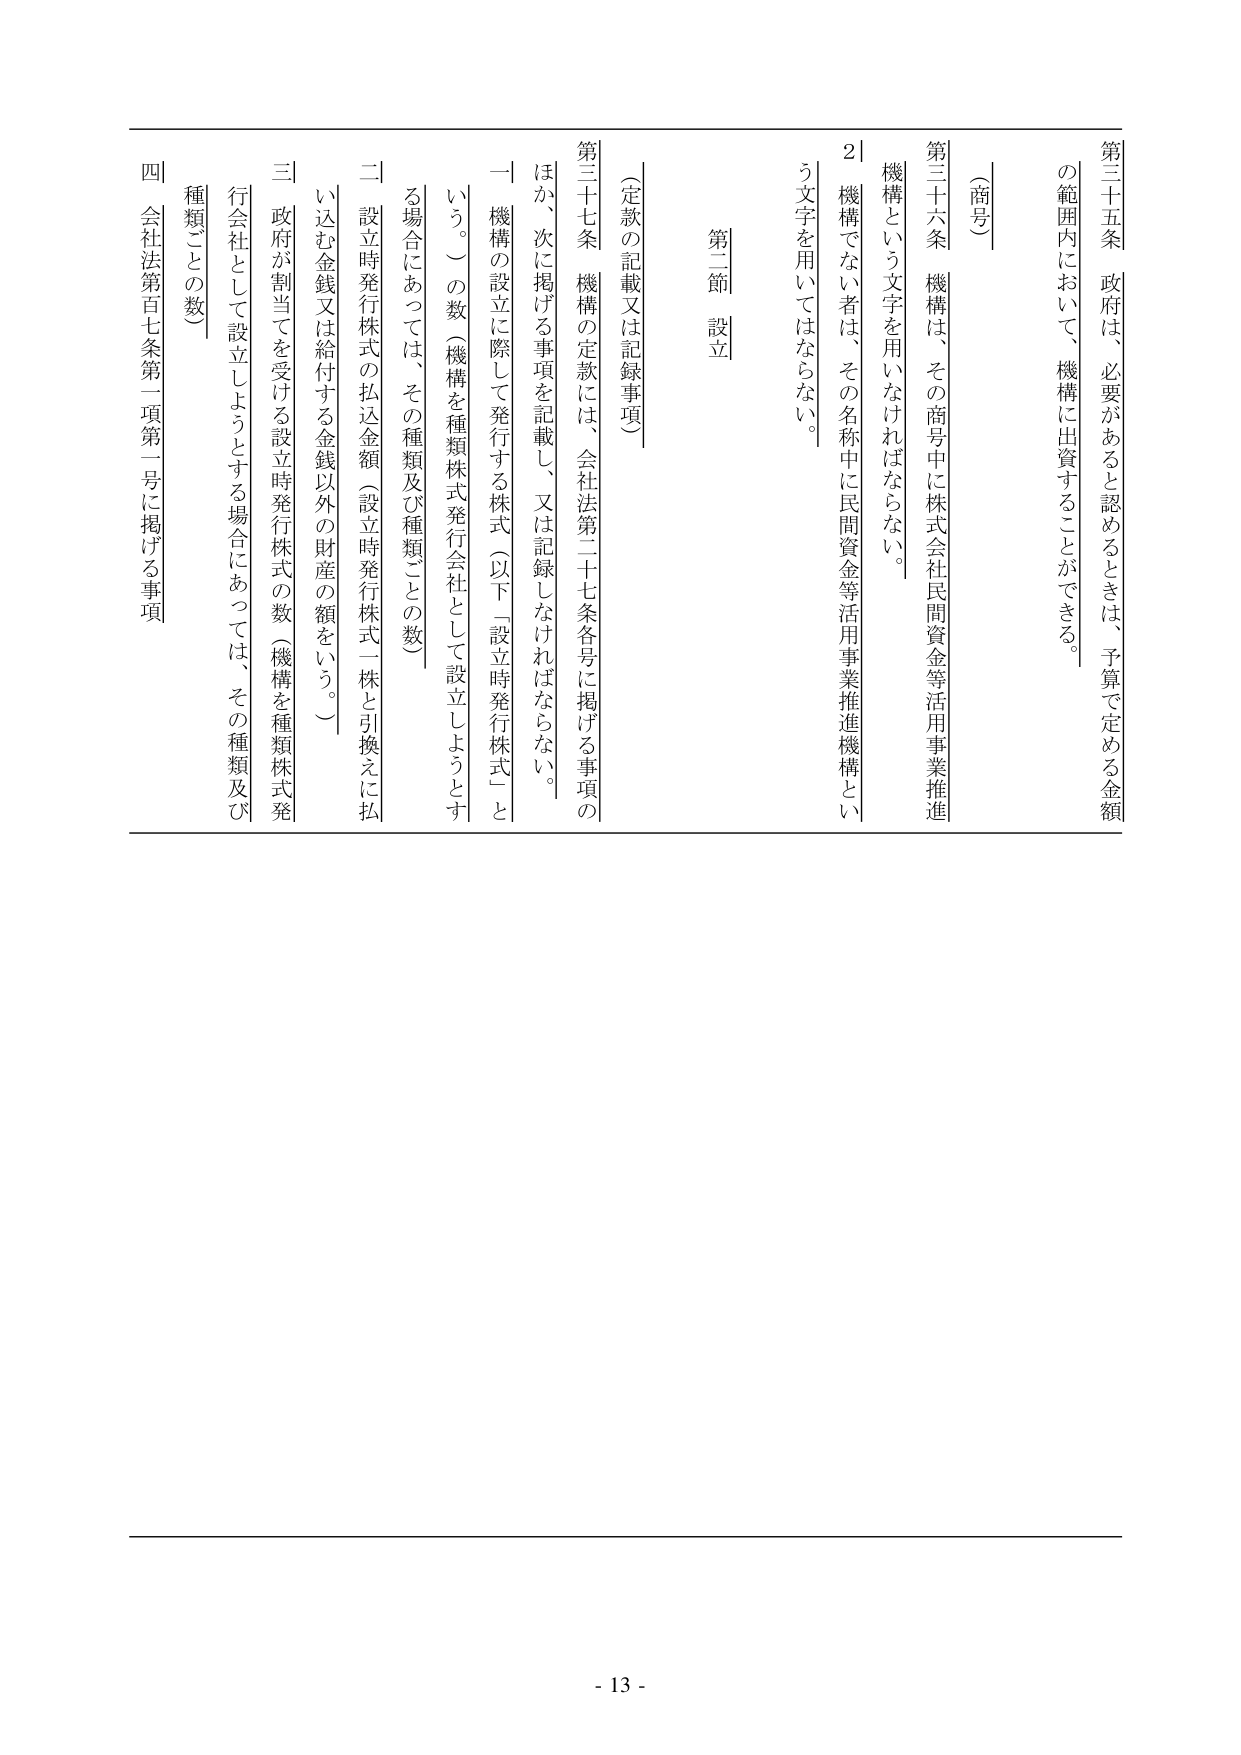
第三十五条 政府は、必要があると認めるときは、予算で定める金額の範囲内において、機構に出資することができる。

（商号）

第三十六条 機構は、その商号中に株式会社民間資金等活用事業推進機構という文字を用いなければならない。

２ 機構でない者は、その名称中に民間資金等活用事業推進機構という文字を用いてはならない。

第二節 設立

（定款の記載又は記録事項）

第三十七条 機構の定款には、会社法第二十七条各号に掲げる事項のほか、次に掲げる事項を記載し、又は記録しなければならない。

一 機構の設立に際して発行する株式（以下「設立時発行株式」という。）の数（機構を種類株式発行会社として設立しようとする場合にあっては、その種類及び種類ごとの数）

二 設立時発行株式の払込金額（設立時発行株式一株と引換えに払込む金銭又は給付する金銭以外の財産の額をいう。）

三 政府が割当てを受ける設立時発行株式の数（機構を種類株式発行会社として設立しようとする場合にあっては、その種類及び種類ごとの数）

四 会社法第百七条第一項第一号に掲げる事項

- 13 -